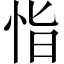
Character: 恉